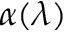
\alpha ( \lambda )